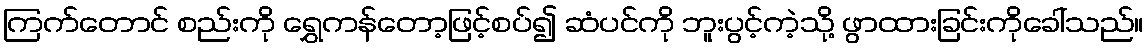
ကြက်တောင် စည်းကို ရွှေကန်တော့ဖြင့်စပ်၍ ဆံပင်ကို ဘူးပွင့်ကဲ့သို့ ဖွာထားခြင်းကိုခေါ်သည်။